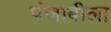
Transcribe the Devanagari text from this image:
पंजाबीला